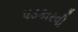
પડકારવી